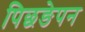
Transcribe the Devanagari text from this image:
पिछङेपन